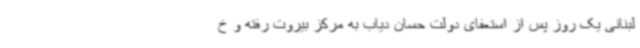
لبنانی یک روز پس از استعفای دولت حسان دیاب به مرکز بیروت رفته و خ